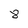
Character: 8